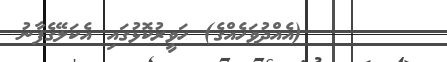
٣١       (އެއްދުވަހެއްގެ) ހަވީރުކޮޅުގައި އެކަލޭގެފާނު